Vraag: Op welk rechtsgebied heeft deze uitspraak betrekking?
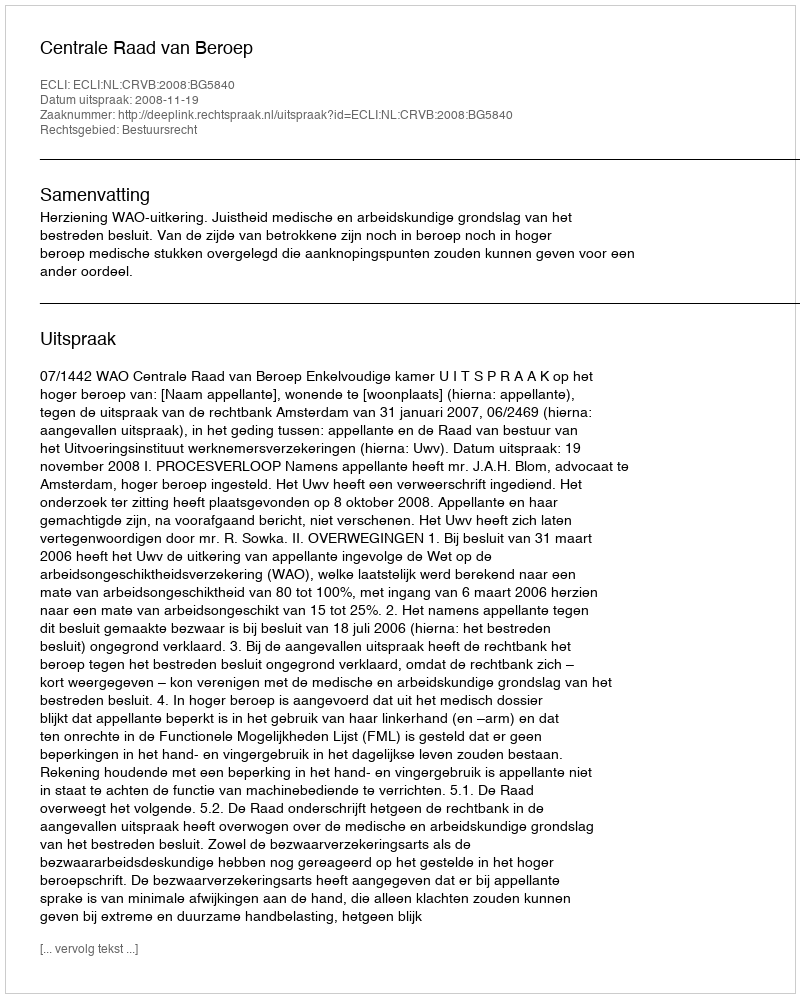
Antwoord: Bestuursrecht